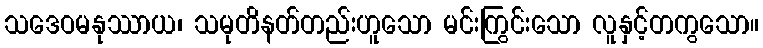
သဒေဝမနုဿာယ၊ သမုတိနတ်တည်းဟူသော မင်းကြွင်းသော လူနှင့်တကွသော။